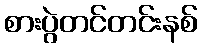
စားပွဲတင်တင်းနစ်